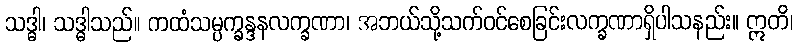
သဒ္ဓါ၊ သဒ္ဓါသည်။ ကထံသမ္ပက္ခန္ဒနလက္ခဏာ၊ အဘယ်သို့သက်ဝင်စေခြင်းလက္ခဏာရှိပါသနည်း။ ဣတိ၊